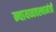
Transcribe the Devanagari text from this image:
न्यायव्यवस्थामंत्री